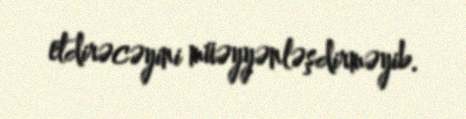
etdirəcəyini müəyyənləşdirməyib.